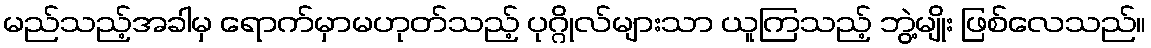
မည်သည့်အခါမှ ရောက်မှာမဟုတ်သည့် ပုဂ္ဂိုလ်များသာ ယူကြသည့် ဘွဲ့မျိုး ဖြစ်လေသည်။